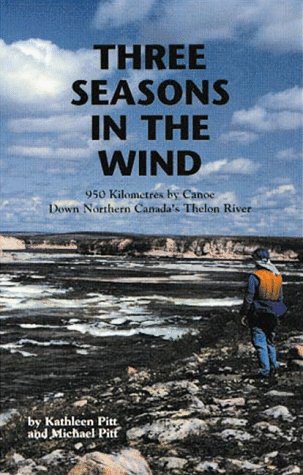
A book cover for Three Seasons in the Wind: 950 Km by Canoe Down Northern Canadas Thelon River; Kathleen Pitt; Biographies & Memoirs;